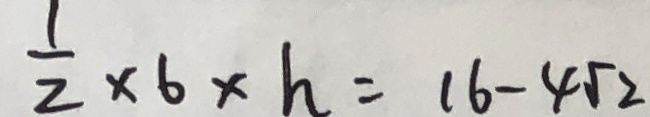
\frac { 1 } { 2 } \times 6 \times h = 1 6 - 4 \sqrt { 2 }